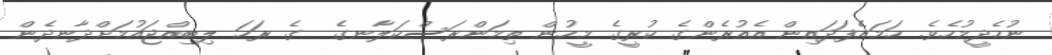
ނުހެދީމުހެވެ. ހަމައެފަދައިން އެއުރެންގެ ކުރީގެ މީހުން ތިމަންރަސްކަލާނގެ  ގެ ރަހަ ލިބިއްޖައުމަށްދާނދެން